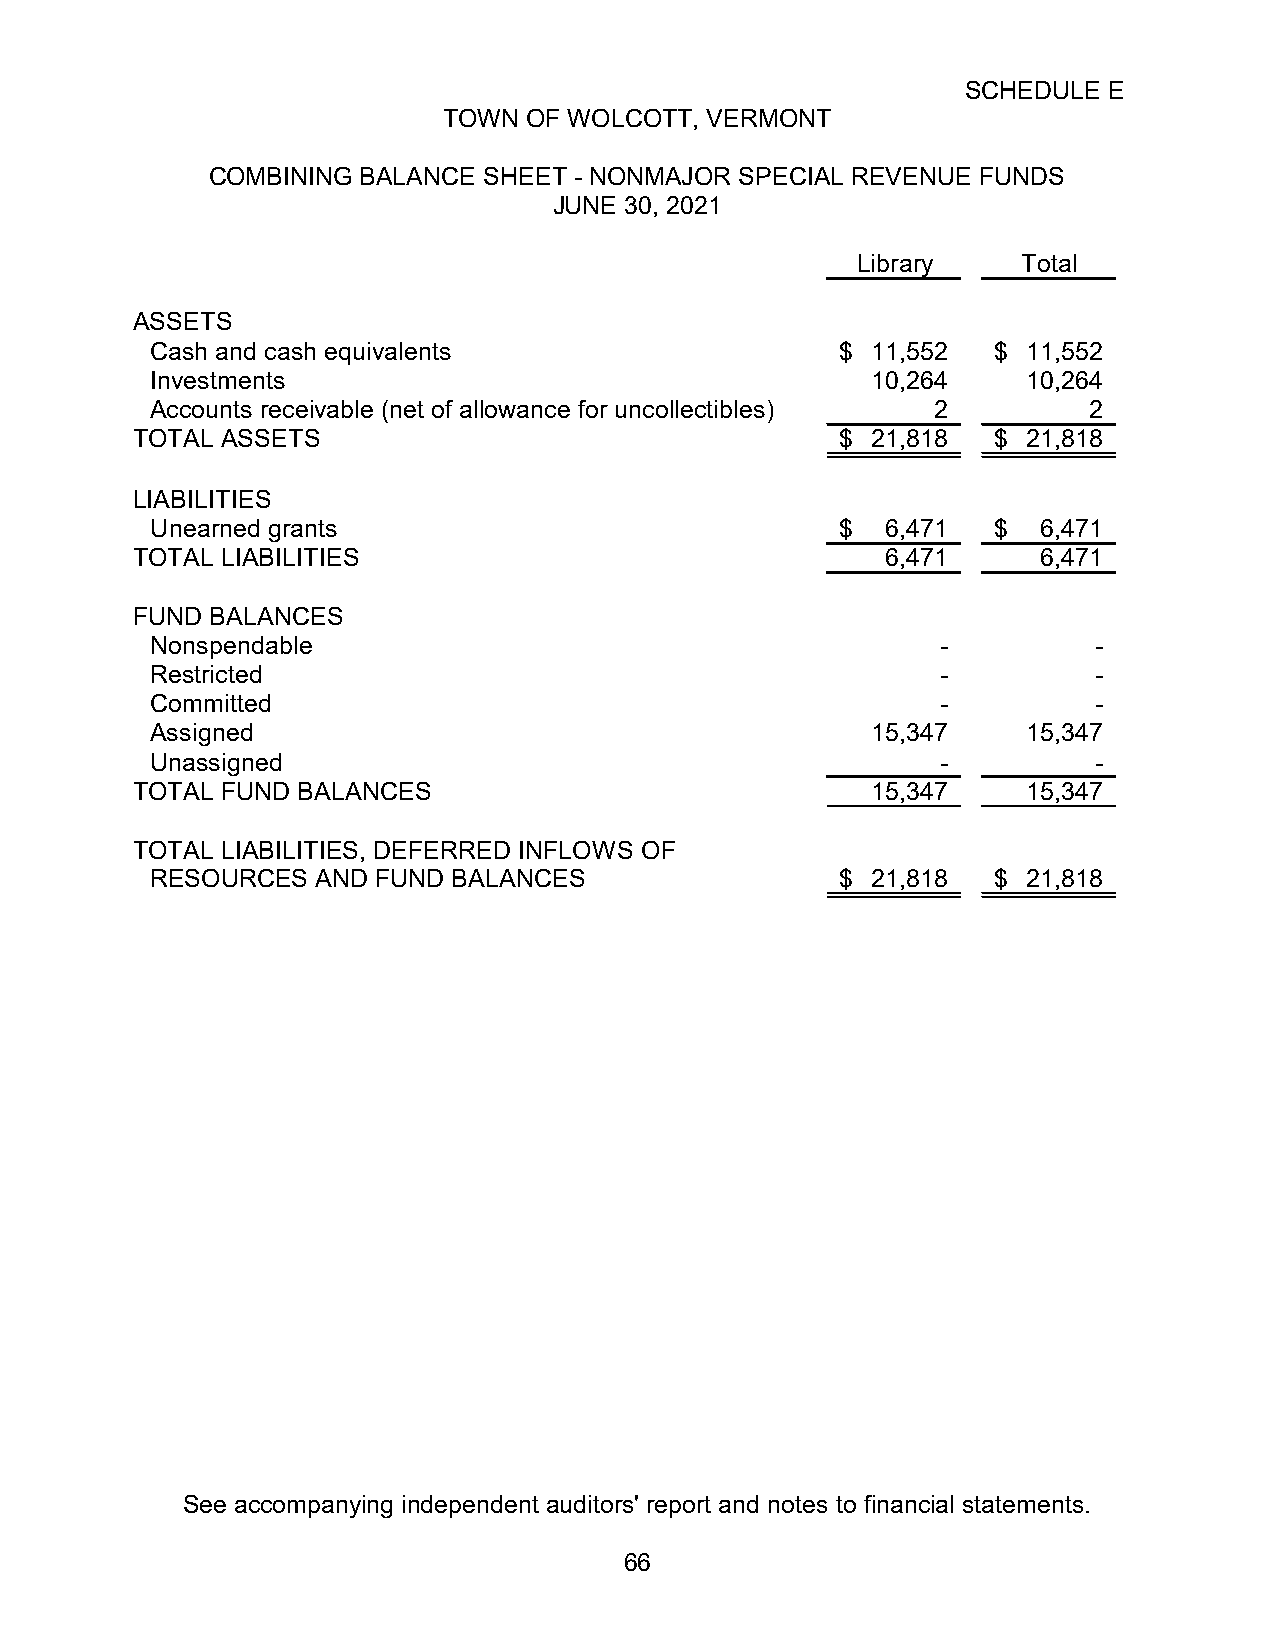
SCHEDULE E
 TOWN  OF WOLCOTT, VERMONT
 COMBINING BALANCE SHEET - NONMAJOR SPECIAL REVENUE FUNDS
 JUNE 30, 2021
 Library    Total
 ASSETS
 Cash and cash equivalents                     $ 11,552  $ 11,552
 Investments                                     10,264    10,264
 Accounts receivable (net of allowance for uncollectibles) 2   2
 TOTAL ASSETS                                   $ 21,818  $ 21,818
 LIABILITIES
 Unearned grants                               $  6,471  $  6,471
 TOTAL LIABILITIES                                 6,471     6,471
 FUND BALANCES
 Nonspendable                                        -         -
 Restricted                                          -         -
 Committed                                           -         -
 Assigned                                        15,347    15,347
 Unassigned                                          -         -
 TOTAL FUND BALANCES                              15,347    15,347
 TOTAL LIABILITIES, DEFERRED INFLOWS OF
 RESOURCES  AND FUND BALANCES                  $ 21,818  $ 21,818
 See accompanying independent auditors' report and notes to financial statements.
 66